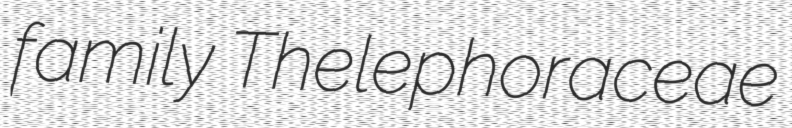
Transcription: family Thelephoraceae